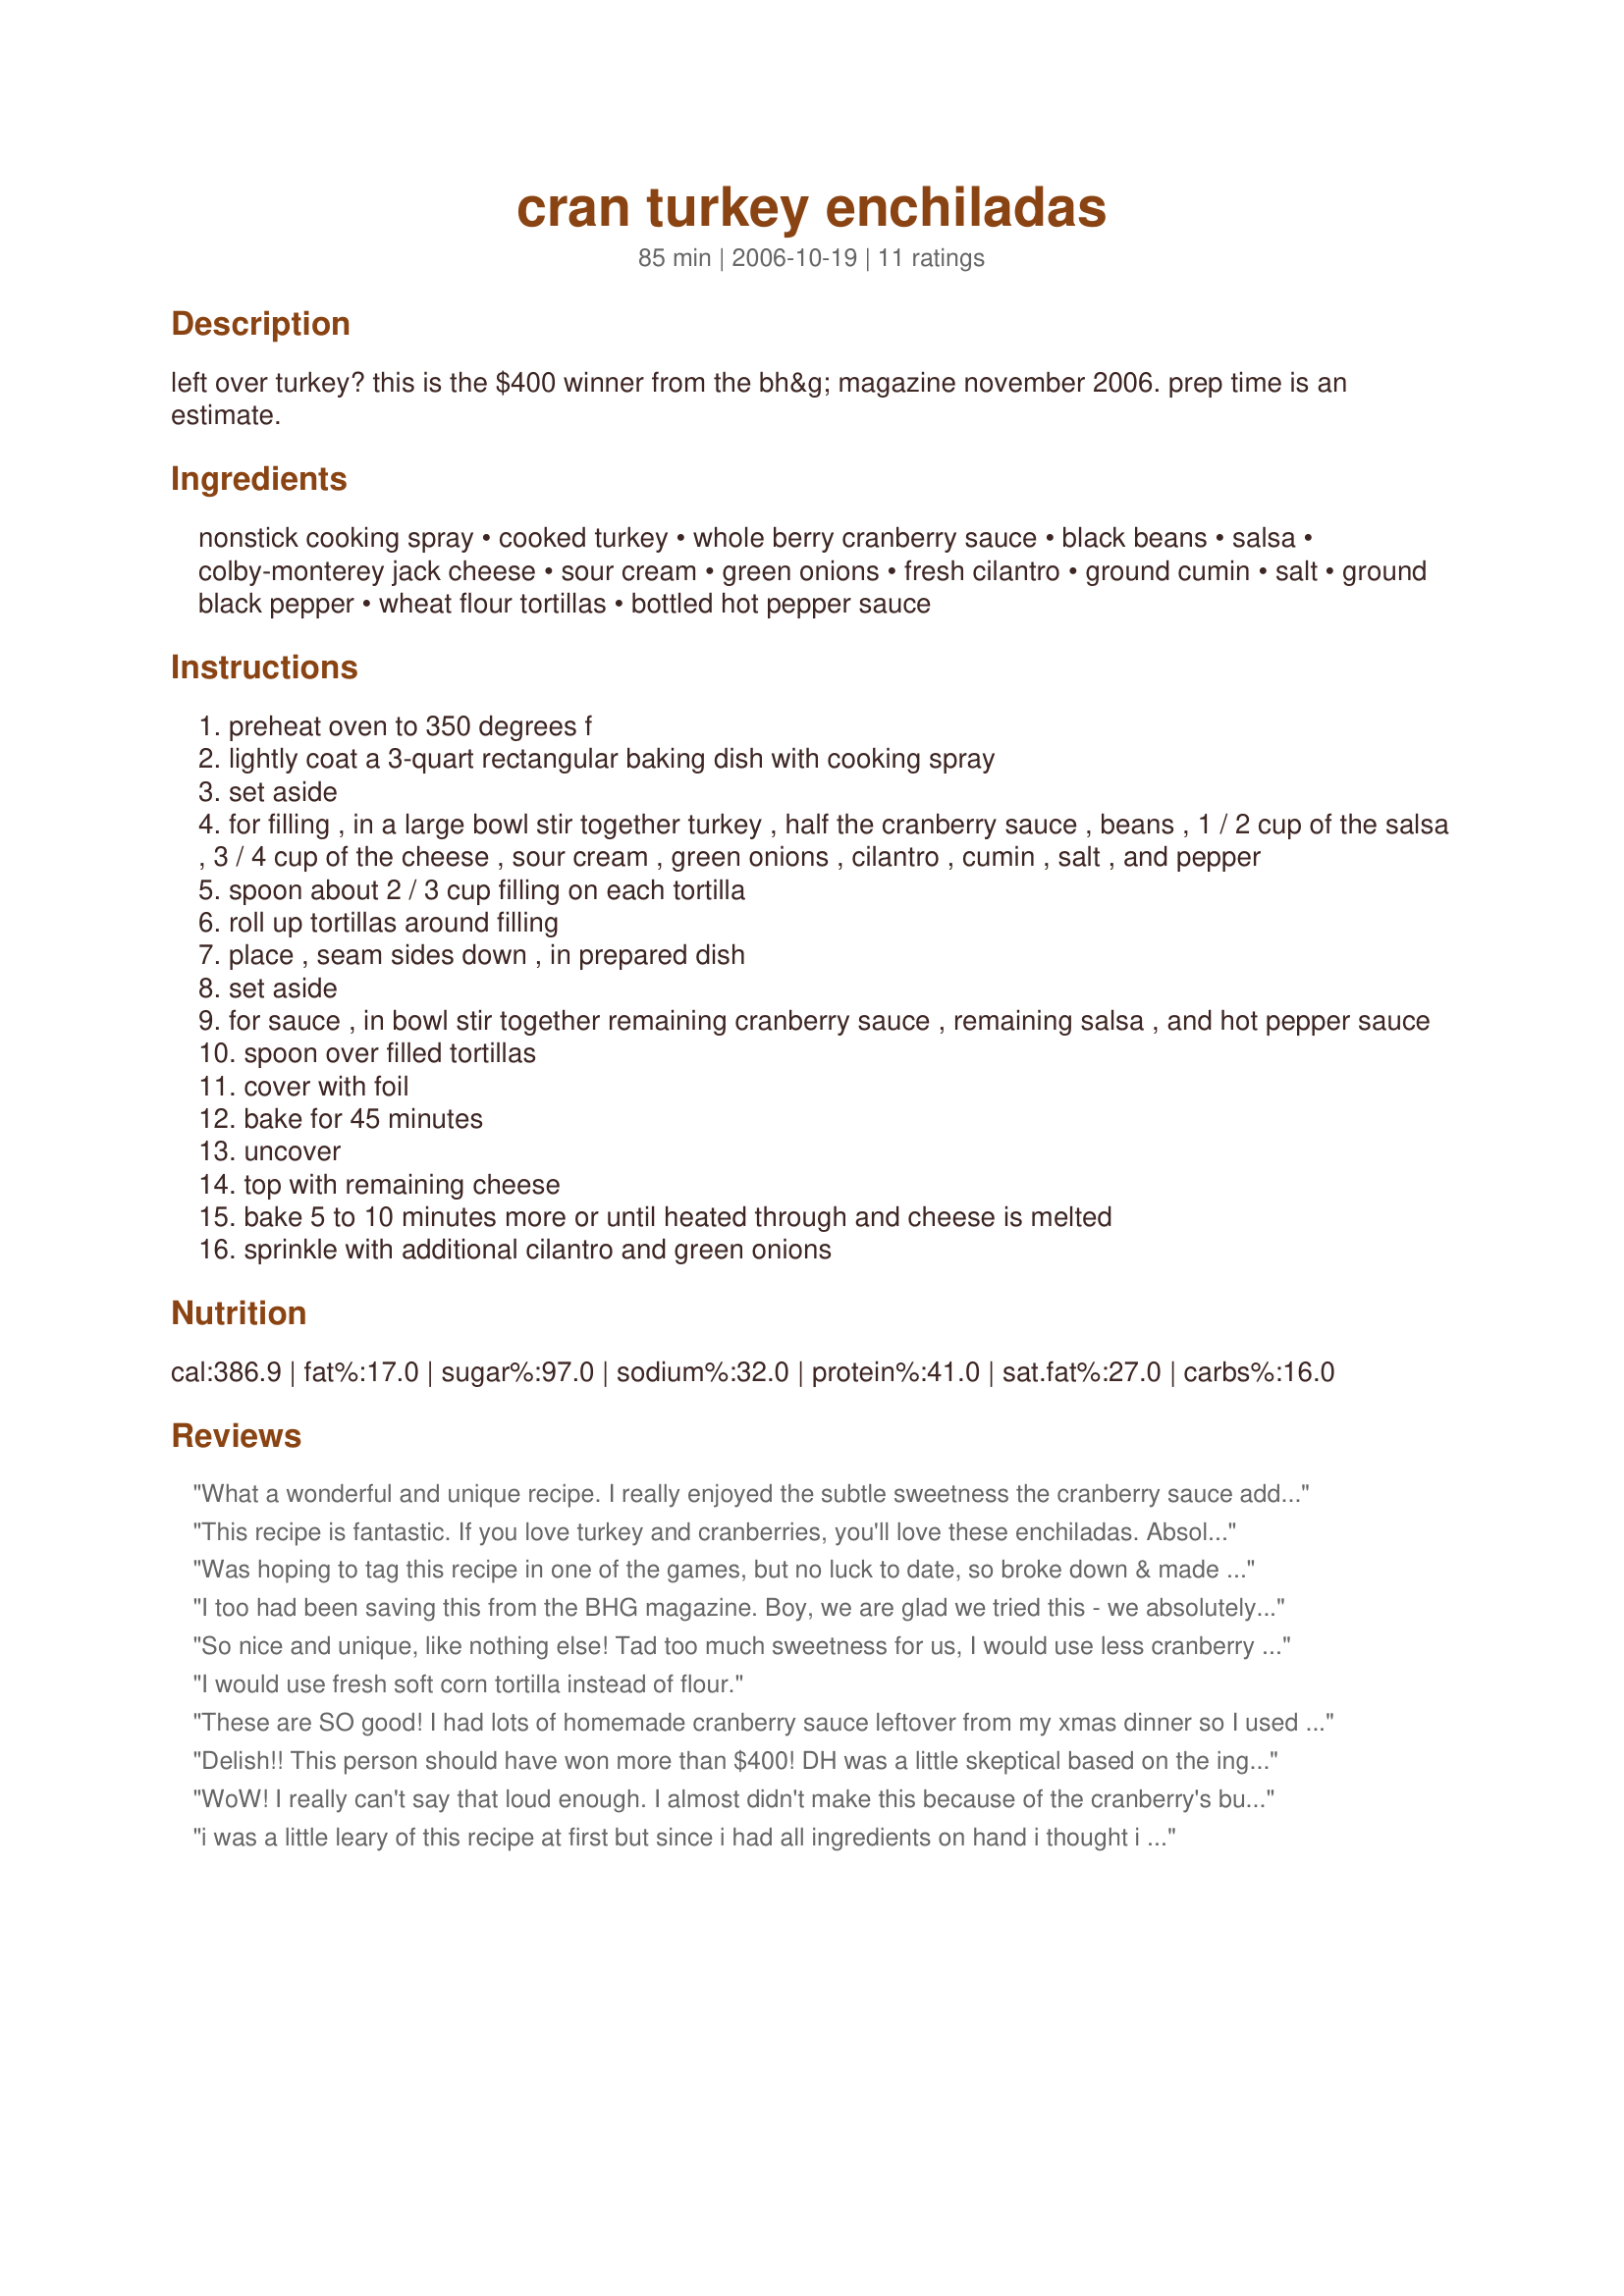
cran turkey enchiladas
Preparation time: 85 minutes

left over turkey? this is the $400 winner from the bh&g magazine november 2006. prep time is an estimate.

Ingredients:
nonstick cooking spray, cooked turkey, whole berry cranberry sauce, black beans, salsa, colby-monterey jack cheese, sour cream, green onions, fresh cilantro, ground cumin, salt, ground black pepper, wheat flour tortillas, bottled hot pepper sauce

Steps:
preheat oven to 350 degrees f
lightly coat a 3-quart rectangular baking dish with cooking spray
set aside
for filling , in a large bowl stir together turkey , half the cranberry sauce , beans , 1 / 2 cup of the salsa , 3 / 4 cup of the cheese , sour cream , green onions , cilantro , cumin , salt , and pepper
spoon about 2 / 3 cup filling on each tortilla
roll up tortillas around filling
place , seam sides down , in prepared dish
set aside
for sauce , in bowl stir together remaining cranberry sauce , remaining salsa , and hot pepper sauce
spoon over filled tortillas
cover with foil
bake for 45 minutes
uncover
top with remaining cheese
bake 5 to 10 minutes more or until heated through and cheese is melted
sprinkle with additional cilantro and green onions

Reviews:
What a wonderful and unique recipe. I really enjoyed the subtle sweetness the cranberry sauce added. I made as stated except used fat-free sour cream and 2% cheddar. I did use pinto beans b/c DH doesn't care for black beans. Easy to put together and very tasty. Thanks for submitting.
This recipe is fantastic. If you love turkey and cranberries, you'll love these enchiladas. Absolutely a great way to add a little spice to your Thanksgiving leftovers. I've made this dish on several occasions, and always to rave reviews.
Was hoping to tag this recipe in one of the games, but no luck to date, so broke down & made it anyway! This is very, very, very good, no two ways about it! I used mild Picante Sauce & left out the hot pepper sauce at the end, but other than that, the recipe was followed & the resulting taste, WONDERFUL! I'd thought about taking some over to neighbors, but after having one, decided to keep it all for myself & my other half! Thanks so much for a recipe I'll keep on makin'!!
I too had been saving this from the BHG magazine. Boy, we are glad we tried this - we absolutely loved it! I didn't have any turkey on hand and simply substituted chicken. Next time I may use 12"tortillas instead of the 8". Wonderful blend of flavors!
So nice and unique, like nothing else! Tad too much sweetness for us, I would use less cranberry sauce next time, maybe. And more cheese, I think.
I would use fresh soft corn tortilla instead of flour.
These are SO good! I had lots of homemade cranberry sauce leftover from my xmas dinner so I used it to make these, I also did some amount adjustments, what a great recipe to use up leftovers, I love this recipe, thank you for sharing CD!...Kitten:)
Delish!! This person should have won more than $400! DH was a little skeptical based on the ingredients, but I was intrigued and am always looking for ways to use leftover turkey, so I made it. Absolutely delicious! Everyone, including children (6,3,1) ate it up and asked for seconds. I had to modify it, based on what I had--I had about 12 oz cranberry sauce, and used tasty cheese (I haven't seen monterey jack down under yet). Also, I used regular diced onions, no cilantro and no hot sauce. I guess I changed it quite a bit, but the gist of it was the same, and I can only imagine it's BETTER when followed to a T! Thanks for posting!
WoW! I really can't say that loud enough. I almost didn't make this because of the cranberry's but I'm so glad that I did. The flavors really dance on your taste buds. I will be making this again. Two thumbs up for me. Thanks for posting.
i was a little leary of this recipe at first but since i had all ingredients on hand i thought i would try it. i am sooo glad i did. i omitted the hot sauce but other than that i followed exactly and my family really loved it. it was so easy to make. this recipe is definately a keeper.
I just adored this recipe! The filling was delicious and the sauce was very unique and flavorful. This is my new favorite &quot;leftover turkey&quot; recipe and the fact that it uses up cranberry sauce too is just a bonus. Can&#039;t say enough good things about this recipe. Thank you for sharing, cookiedog. ETA: I made this with cranberry chutney and it was also great! Pictured above with Recipe#319562
